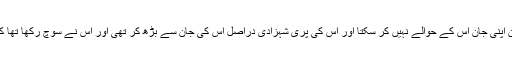
نیک دل بادشاہ نے سامری جادوگر سے جھوٹ بھی نہیں بولا تھا کہ وہ سب کچھ اسے عطا کر سکتا ہے لیکن اپنی جان اس کے حوالے نہیں کر سکتا اور اس کی پری شہزادی دراصل اس کی جان سے بڑھ کر تھی اور اس نے سوچ رکھا تھا کہ وہ اپنے جگر گوشے کو اْس کے حوالے کرے گا جو اس کی بیٹی یعنی خود اس کی جان کا اصل امین ہوگا۔